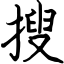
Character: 搜